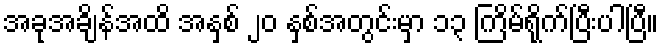
အခုအချိန်အထိ အနှစ် ၂၀ နှစ်အတွင်းမှာ ၁၃ ကြိမ်ရိုက်ပြီးပါပြီ။